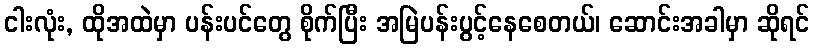
ငါးလုံး, ထိုအထဲမှာ ပန်းပင်တွေ စိုက်ပြီး အမြဲပန်းပွင့်နေစေတယ်၊ ဆောင်းအခါမှာ ဆိုရင်